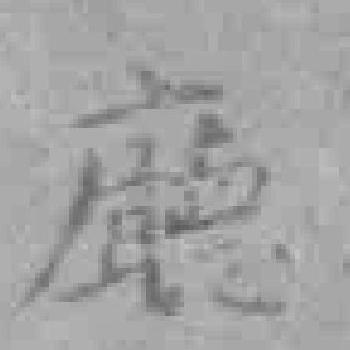
廳